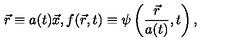
\vec { r } \equiv a ( t ) \vec { x } , f ( \vec { r } , t ) \equiv \psi \left( \frac { \vec { r } } { a ( t ) } , t \right) ,